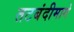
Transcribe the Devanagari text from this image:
तटबंदीमागे